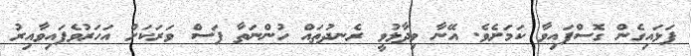
ފަޅައިގެން ގޮސްފައިވާ ކަމަށެވެ. އޭނާ ވިދާޅުވީ ރެނދުތައް ހުންނަތާ ފަސް ވަރަކަށް އަހަރުވެފައިވާއިރު